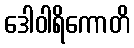
ဒေါဝါရိကောတိ